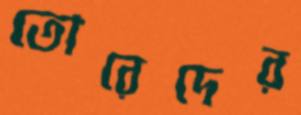
তোরেদের